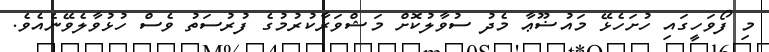
މި ފޯވަހީގައި ހުށަހެޅޭ މައުޟޫޢާ މެދު ސުވާލުކޮށް މަޝްވަރާކުރުމުގެ ފުރުސަތު ވެސް ހުޅުވާލެވޭނެއެވެ.